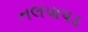
તલપાપડ